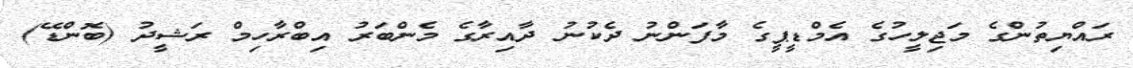
ރައްޔިތުންގެ މަޖިލީހުގެ އެމްޑީޕީގެ މާފަންނު ދެކުނު ދާއިރާގެ މެންބަރު އިބްރާހިމް ރަޝީދު (ބޮންޑޭ)